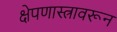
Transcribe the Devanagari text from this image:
क्षेपणास्त्रावरून